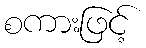
စကားဖြင့်